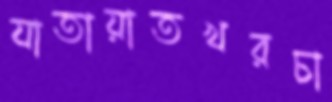
যাতায়াতখরচা